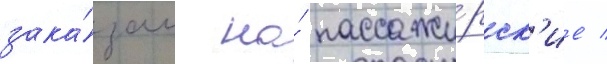
зака́зам на́ пассажи́рск'ие /